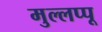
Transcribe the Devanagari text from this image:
मुल्लप्पू